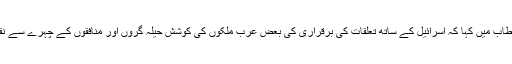
انہوں نے اپنے خطاب میں کہا کہ اسرائیل کے ساتھ تعلقات کی برقراری کی بعض عرب ملکوں کی کوشش حیلہ گروں اور منافقوں کے چہرے سے نقاب اتار رہی ہے۔